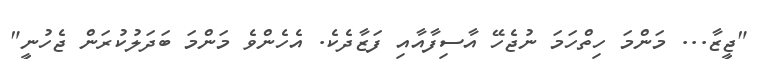
"ޖީޒާ... މަންމަ ހިތްހަމަ ނުޖެހޭ އާސިފާއާއި ފަޒާދެކެ. އެހެންވެ މަންމަ ބަދަލުކުރަން ޖެހުނީ"